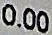
0.00